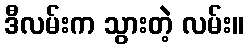
ဒီလမ်းက သွားတဲ့ လမ်း။